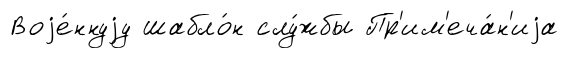
Воjе́ннуjу шабло́н слу́жбы Пр'им'еча́н'иjа